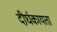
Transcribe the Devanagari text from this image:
दीर्घकायता